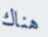
هناك